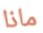
ماذا